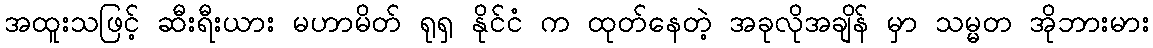
အထူးသဖြင့် ဆီးရီးယား မဟာမိတ် ရုရှ နိုင်ငံ က ထုတ်နေတဲ့ အခုလိုအချိန် မှာ သမ္မတ အိုဘားမား